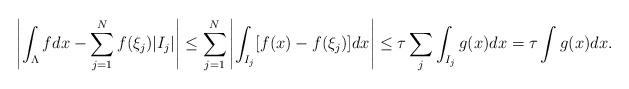
LaTeX: \begin{align*} \left| \int_\Lambda f dx - \sum_{j=1}^N f(\xi_j) | I_j | \right| & \leq \sum_{j=1}^N \left| \int_{I_j} [ f(x) - f(\xi_j) ]dx \right| \leq \tau \sum_j \int_{I_j} g(x) dx = \tau \int g(x) dx . \end{align*}